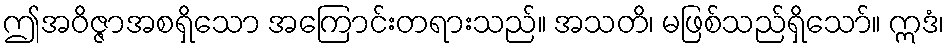
ဤအဝိဇ္ဇာအစရှိသော အကြောင်းတရားသည်။ အသတိ၊ မဖြစ်သည်ရှိသော်။ ဣဒံ၊